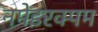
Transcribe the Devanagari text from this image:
नमेइरक्पम